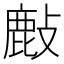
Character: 𢿇